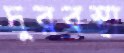
দুরবস্থা